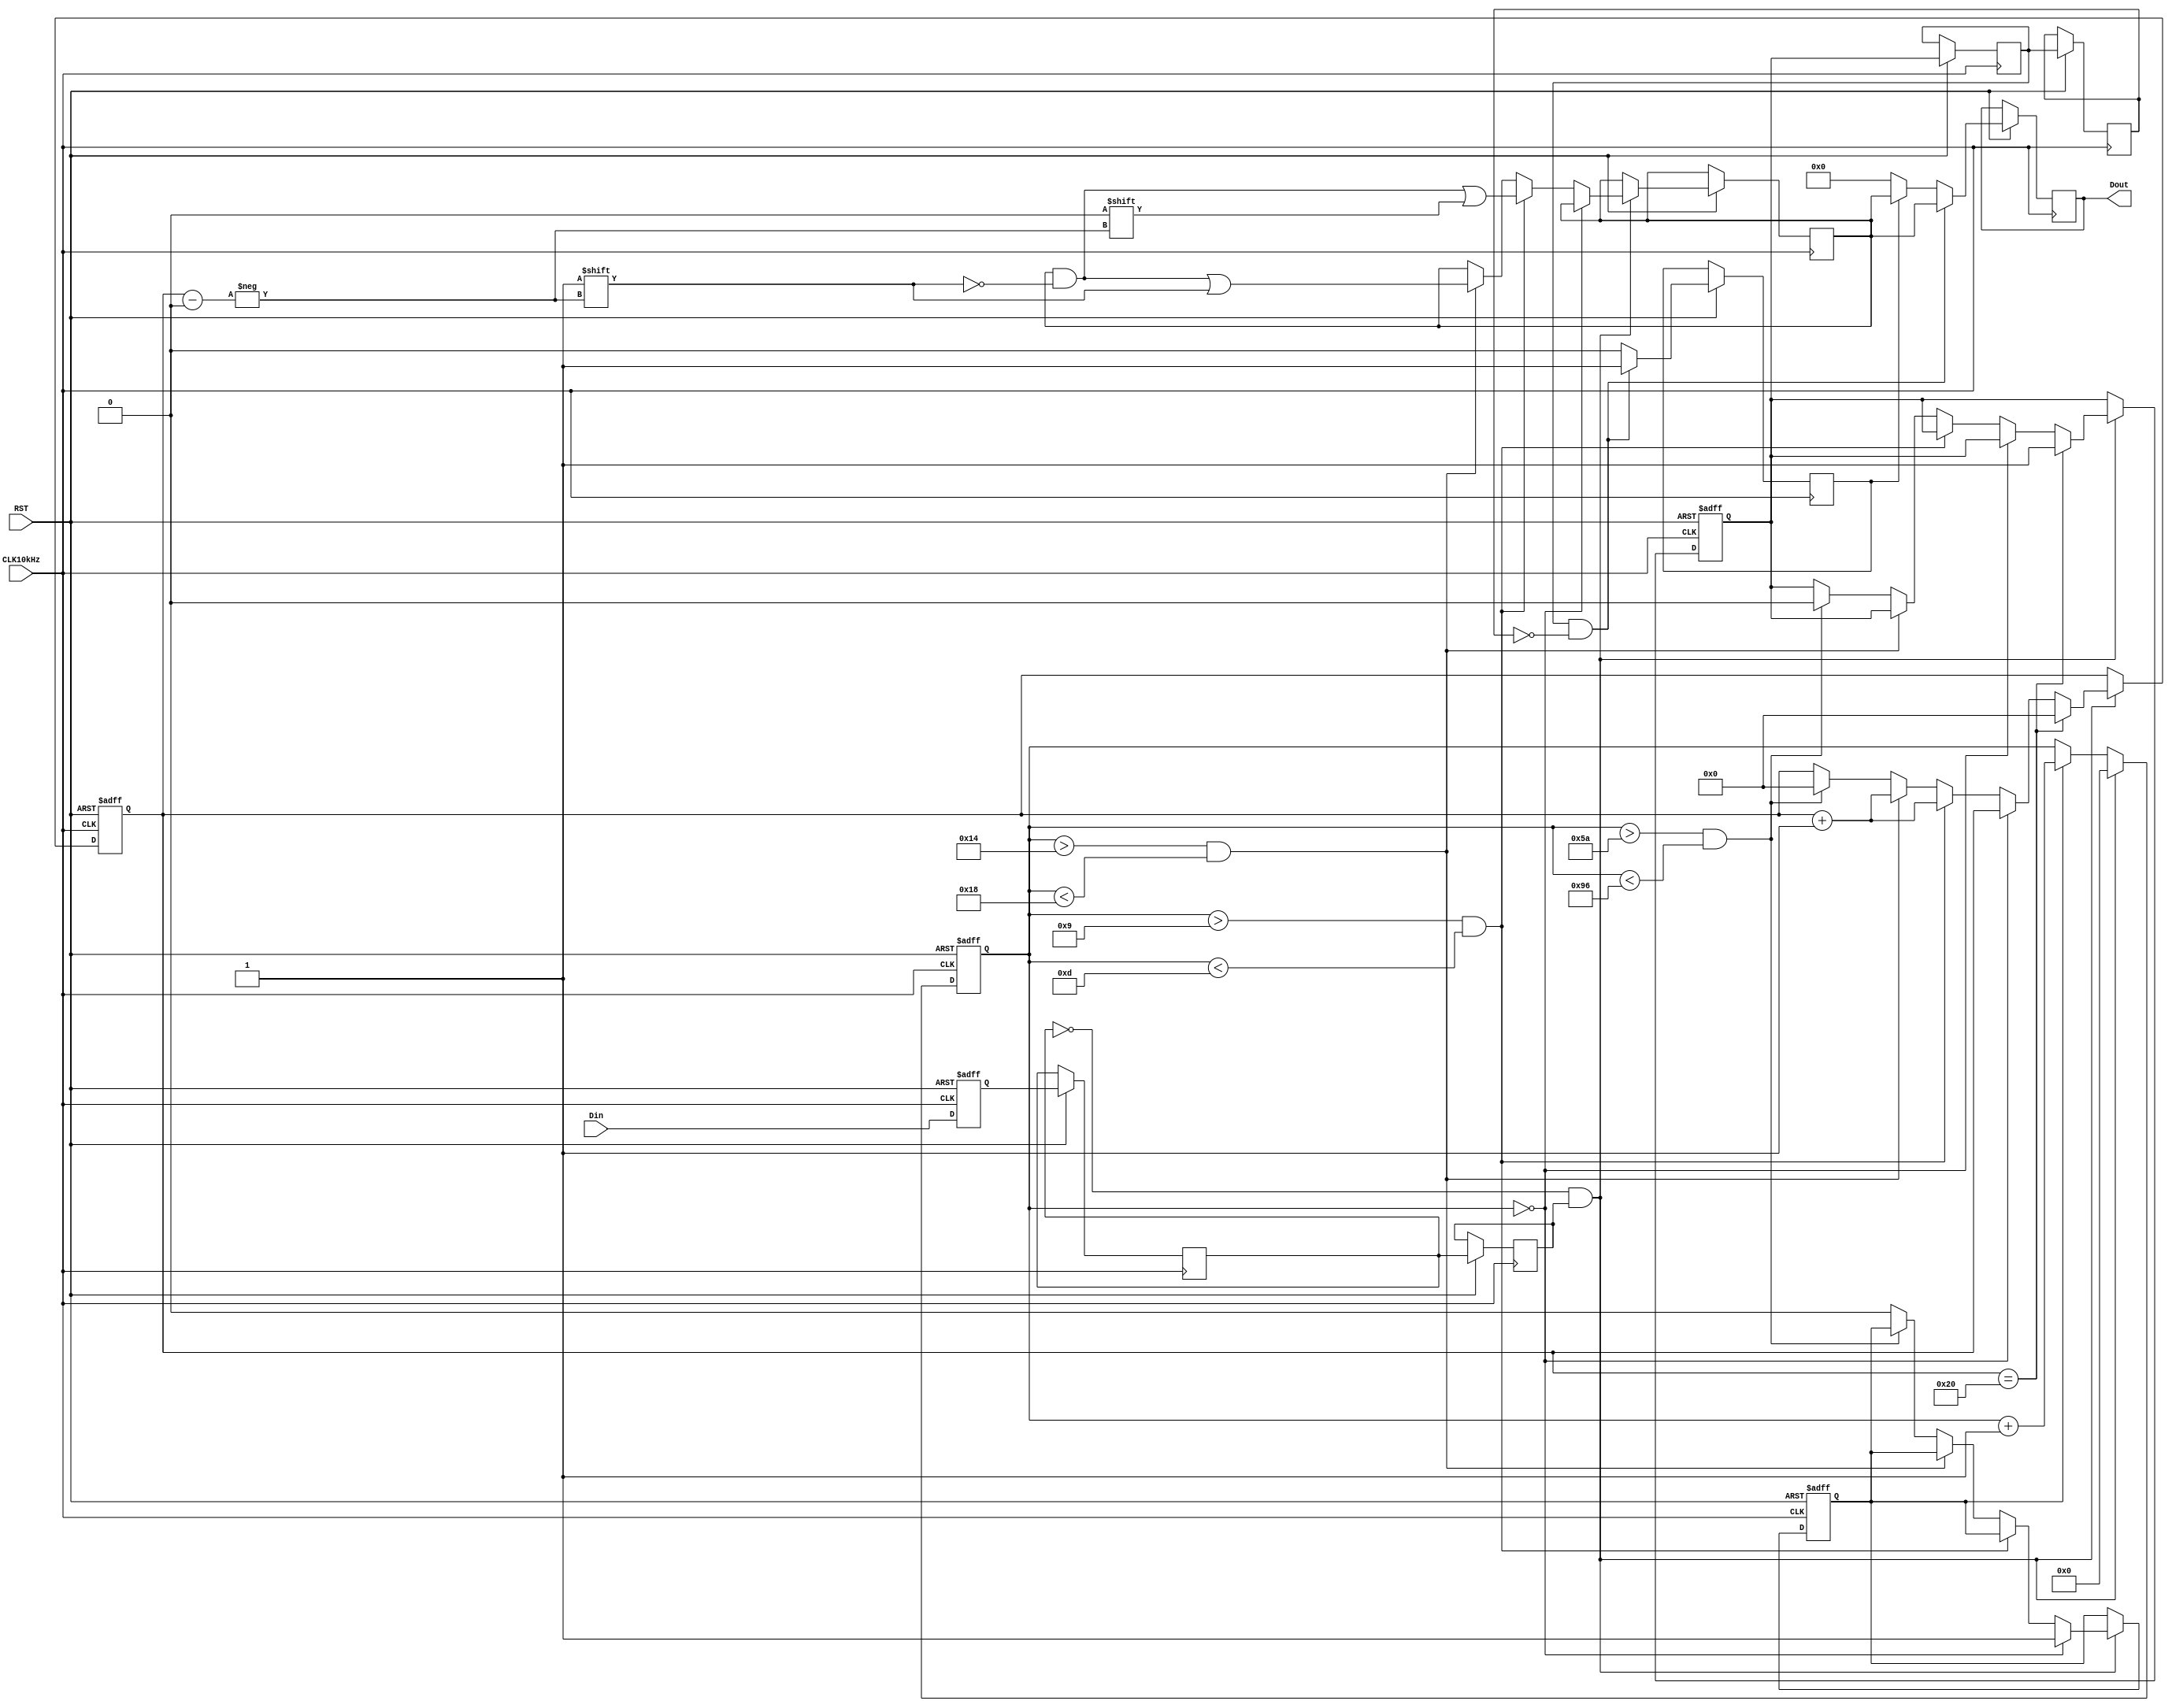
/******************************************

32NECDout
		NECCLK10kHz
10kHz-CLK10kHZ-Din
		-RST
NEC-Dout
1-
		Din
		
		10.
		10Data
		Data32Data
		NEC
		2-
		NECCLK10kHz		
*****************************************/
module IRDA(CLK10kHz,Din,Dout,RST);
	input CLK10kHz,Din,RST;
	output reg[31:0] Dout;
	reg[31:0] Data;
	reg DataTmp0;//--
	reg DataTmp1;//--
	reg ShortFinish0;//--
	reg ShortFinish1;//--
	reg FinishShort;//--clk1k
	reg FinishFlag;
	reg DinTmp,a;
	reg [5:0] BitCnt;
	reg StartFlag;
	reg [7:0] Cnt;


always @ (posedge CLK10kHz or negedge RST)
	begin
		if (!RST) 
			DinTmp<=1'b1;
		else 
			DinTmp<=Din;
	end
	
//1 TTLNECData	
	always @ (posedge CLK10kHz or negedge RST)

	begin
		if (!RST) 
			begin
				Cnt<=1'b0;
				BitCnt<=1'b0;
				FinishFlag<=1'b0;
				StartFlag<=1'b0;
			end
		else
			begin
				DataTmp0<=DinTmp;
				DataTmp1<=DataTmp0;
				if (DataTmp0==1'b0 && DataTmp1==1'b1) //--
					begin
					if(Cnt==1'b0) //--
						StartFlag<=1'b1;//--
					else if (Cnt>9 && Cnt<13)  //--'0',1.125ms
						begin
							Data[BitCnt]<=1'b0;
							BitCnt<=BitCnt+1'b1;
						end
					else if (Cnt>20 && Cnt<24)  //--'1',2.25ms
						begin
						Data[BitCnt]<=1'b1;
						BitCnt<=BitCnt+1'b1;
					
						end
					else if (Cnt>90 && Cnt<150)  //--+(9ms+4.5ms=13.5ms) 
						begin
						BitCnt<=1'b0;
						FinishFlag<=1'b0;//--
						end
					else
						StartFlag<=1'b0;//--
					
					if(BitCnt==6'd32) //--
						begin
							FinishFlag<=1'b1;
							BitCnt<=1'b0;
						end
				
					Cnt<=1'b0;//--
					end
				else
					if (StartFlag==1'b1) 
						Cnt<=Cnt+1'b1;
			end
			
end

//2DoutClk10k
always @ (negedge CLK10kHz or negedge RST)
	begin
		if (!RST) 
			FinishShort<=1'b0;
		else  
			begin
				ShortFinish0<=FinishFlag;
				ShortFinish1<=ShortFinish0;
				if (ShortFinish0==1'b1 && ShortFinish1==1'b0) //--
				begin	Dout<=Data;a<=1'b1;end
				else
				begin if(a)begin Dout<=Data;a<=1'b0;end else begin Dout<=0;a<=1'b0; end end
			end 
	end

endmodule